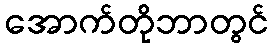
အောက်တိုဘာတွင်